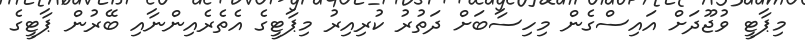
މިޕާޓީ ވުޖޫދަށް އައިސްގެން މިހިސާބަށް ދަތުރު ކުރިއިރު މިޕާޓީގެ އެތެރެއިންނާއި ބޭރުން ޕާޓީގެ